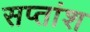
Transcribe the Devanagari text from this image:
सप्तांश